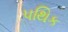
પથિક